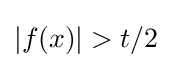
|f(x)|>t/2